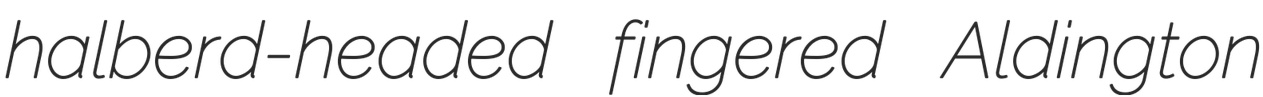
halberd-headed fingered Aldington